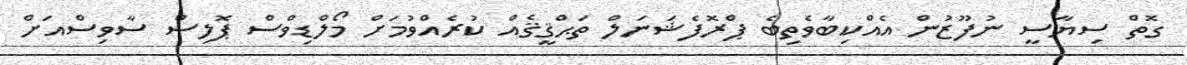
ގޮތް ސިޔާސީ ނުފޫޒުން އެއްކިބާވެތިބެ ޕްރޮފެޝަނަލް ތަޙްޤީޤެއް ކުރެއްވުމަށް މޯލްޑިވްސް ޕޮލިސް ސާވިސްއަށް